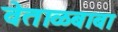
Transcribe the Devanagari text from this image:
वेताळबाबा